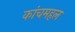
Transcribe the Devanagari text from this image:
कांचमहल